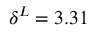
\delta ^ { L } = 3 . 3 1